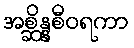
အစ္ဆိန္နစီဝရကာ